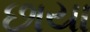
છાયા